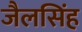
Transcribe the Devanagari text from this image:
जैलसिंह